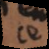
ce